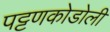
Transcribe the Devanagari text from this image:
पट्टणकोडोली